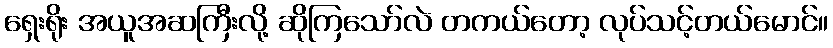
ရှေးရိုး အယူအဆကြီးလို့ ဆိုကြသော်လဲ တကယ်တော့ လုပ်သင့်တယ်မောင်။